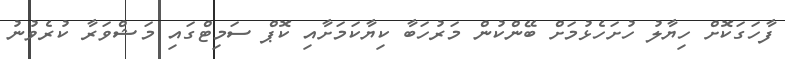
ފާހަގަކޮށް ހިޔާލު ހުށަހެޅުމަށް ބޭންކުން މަރުހަބާ ކިޔާކަމަށާއި ކޮޕް ސަމިޓްގައި މަޝްވަރާ ކުރެވުނު